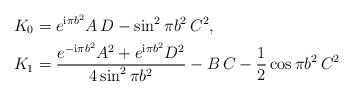
\begin{align*}&K_0 = e^{\textup{i} \pi b^2} A\, D - \sin^2 \pi b^2 \, C^2 ,\\&K_1 = \frac{e^{-\textup{i} \pi b^2} A^2 + e^{\textup{i} \pi b^2} D^2}{4\sin^2 \pi b^2} -B\, C -\frac{1}{2}\cos \pi b^2 \, C^2 \end{align*}